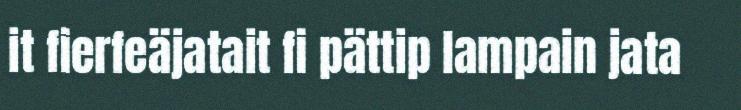
it fierfeäjatait fi pättip lampain jata